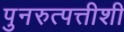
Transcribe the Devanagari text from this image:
पुनरुत्पत्तीशी